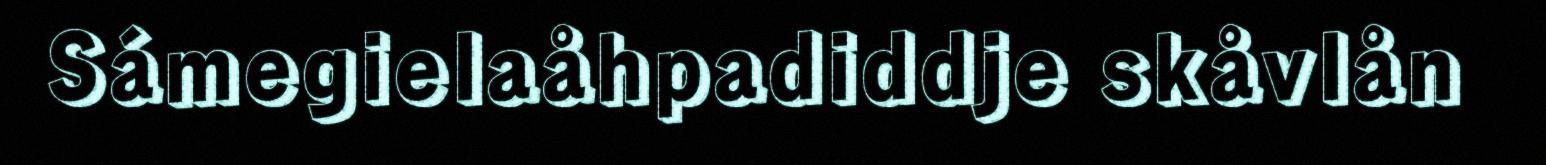
Sámegielaåhpadiddje skåvlån